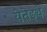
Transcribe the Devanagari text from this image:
येतेइथे